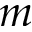
m